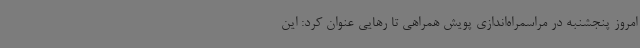
امروز پنجشنبه در مراسمراه‌اندازی پویش همراهی تا رهایی عنوان کرد: این